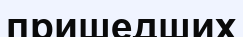
пришедших